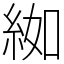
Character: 𦀌